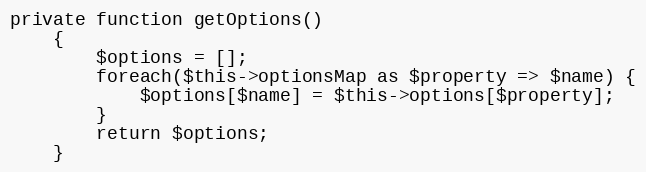
Language: PHP
private function getOptions()
    {
        $options = [];
        foreach($this->optionsMap as $property => $name) {
            $options[$name] = $this->options[$property];
        }
        return $options;
    }